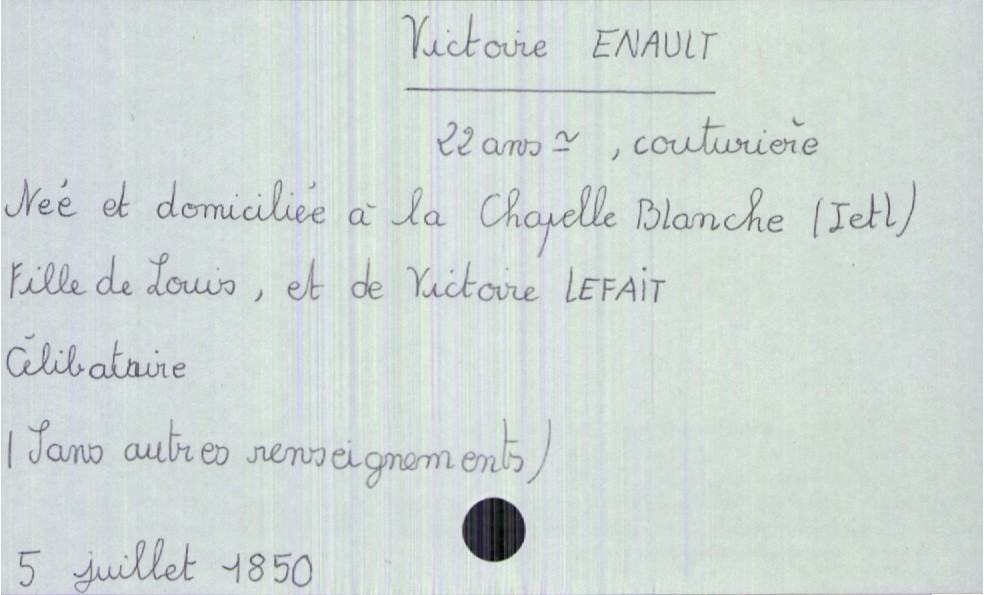
type_acte: Décès
année: 1850
mois: juillet
jour: 5
défunt_nom: Enault
défunt_prénom: Victoire
défunt_sexe: F
défunt_âge: 22 ans
défunt_profession: couturière
défunt_lieu_de_vie: La Chapelle Blanche (Indre et Loire)
défunt_lieu_de_naissance: La Chapelle Blanche (Indre et Loire)
défunt_statut: célibataire
père_défunt_nom: Enault
père_défunt_prénom: Louis
mère_défunt_nom: Lefait
mère_défunt_prénom: Victoire